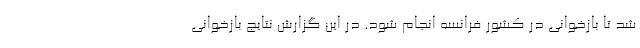
شد تا بازخوانی در کشور فرانسه انجام شود. در این گزارش نتایج بازخوانی